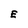
Character: E